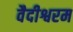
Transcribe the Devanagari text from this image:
वैदीश्वरम